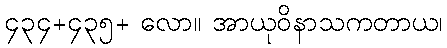
၄၃၄+၄၃၅+ လော။ အာယုဝိနာသကတာယ၊